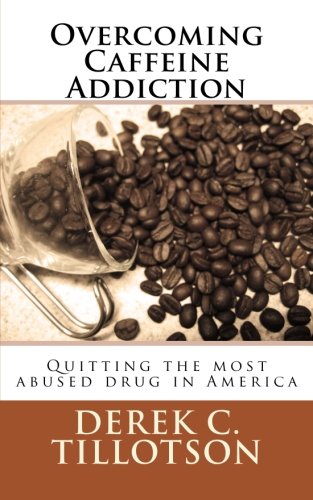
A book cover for Overcoming Caffeine Addiction: How to stop using the most abused drug in America; Derek C. Tillotson; Health, Fitness & Dieting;